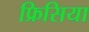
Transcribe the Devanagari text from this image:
फ्रिसिया